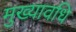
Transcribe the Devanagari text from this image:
मुख्यावधि